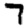
Digit: 7